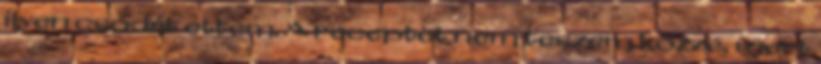
ilyen csodát ettem. A receptet nem teszem közzé, mert